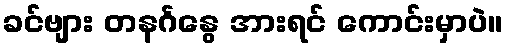
ခင်ဗျား တနင်္ဂနွေ အားရင် ကောင်းမှာပဲ။